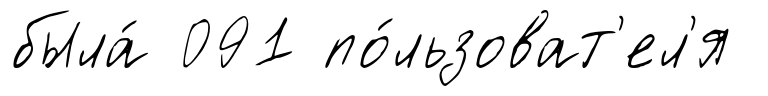
была́ 091 по́льзоват'ел'я